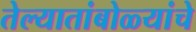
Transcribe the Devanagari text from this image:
तेल्यातांबोळ्यांचे